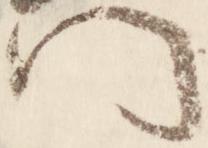
門